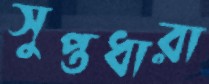
সুপ্তধারা